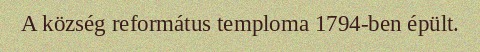
A község református temploma 1794-ben épült.